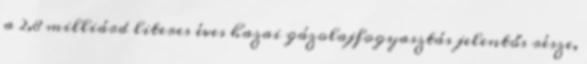
a 2,8 milliárd literes éves hazai gázolajfogyasztás jelentős része,